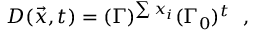
D ( \vec { x } , t ) = ( \Gamma ) ^ { \sum x _ { i } } ( \Gamma _ { 0 } ) ^ { t } ~ ~ ,